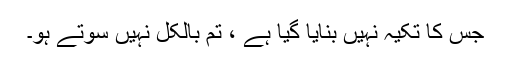
جس کا تکیہ نہیں بنایا گیا ہے ، تم بالکل نہیں سوتے ہو۔